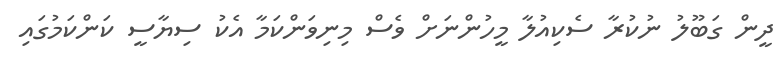
ދީން ގަބޫލު ނުކުރާ ސެކިއުލާ މީހުންނަށް ވެސް މިނިވަންކަމާ އެކު ސިޔާސީ ކަންކަމުގައި